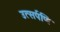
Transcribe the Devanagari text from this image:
उत्सर्पणि